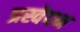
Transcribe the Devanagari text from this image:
प्रस्वेदन